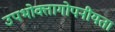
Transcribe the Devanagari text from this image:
उपभोक्तागोपनीयता